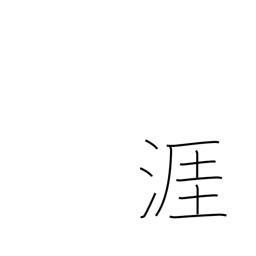
Meaning: shore